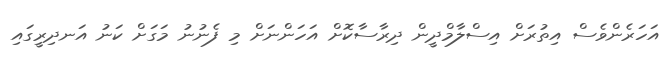
އަހަރެންވެސް އިތުރަށް އިސްލާމްދީން ދިރާސާކޮށް އަހަންނަށް މި ފެނުނު މަގަށް ކަނު އަނދިރީގައި